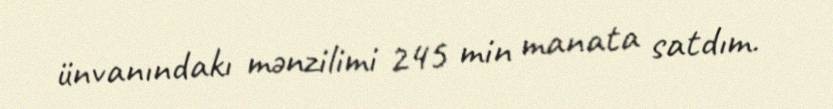
ünvanındakı mənzilimi 245 min manata satdım.